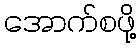
အောက်စဖို့